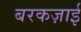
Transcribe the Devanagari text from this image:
बरकज़ाई